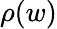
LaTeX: \rho(w)